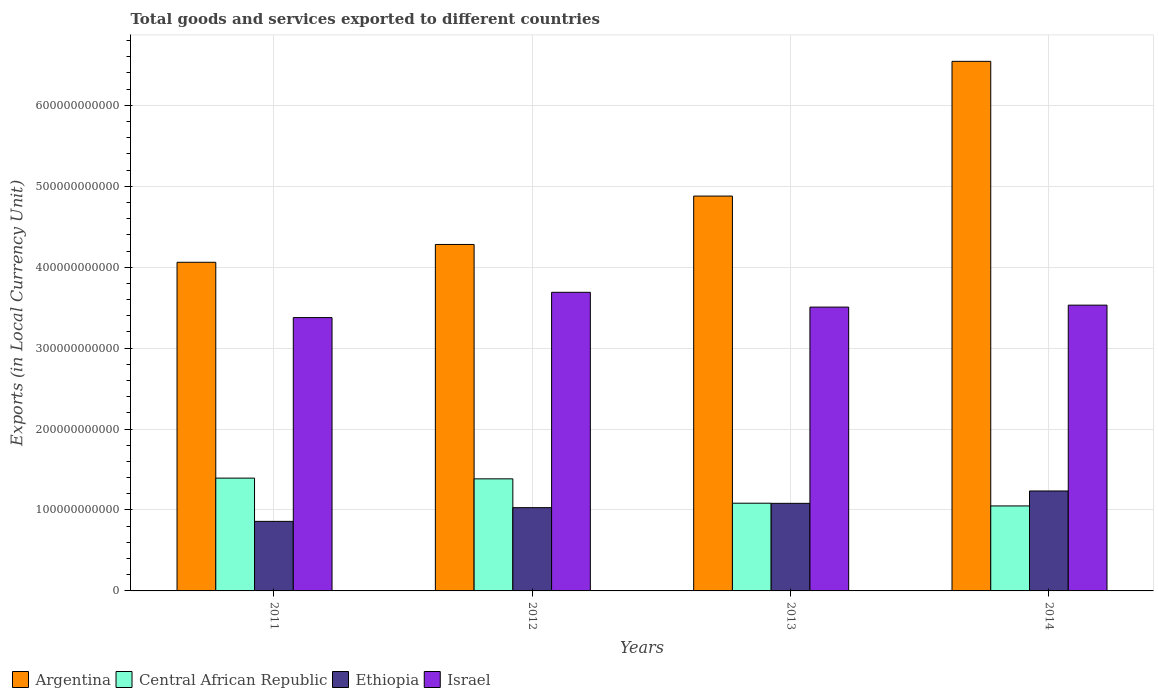
| Years | Argentina | Central African Republic | Ethiopia | Israel |
 | --- | --- | --- | --- | --- |
 | 2011 | 4.06e+11 | 1.39e+11 | 8.6e+10 | 3.38e+11 |
 | 2012 | 4.28e+11 | 1.38e+11 | 1.03e+11 | 3.69e+11 |
 | 2013 | 4.88e+11 | 1.08e+11 | 1.08e+11 | 3.51e+11 |
 | 2014 | 6.54e+11 | 1.05e+11 | 1.23e+11 | 3.53e+11 |